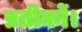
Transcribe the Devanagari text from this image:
प्रतीकों।